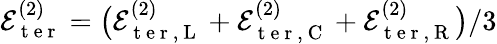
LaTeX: \mathcal{E}_{\mathrm{~t~e~r~}}^{(2)}=\big(\mathcal{E}_{\mathrm{~t~e~r~},\mathrm{~L~}}^{(2)}+\mathcal{E}_{\mathrm{~t~e~r~},\mathrm{~C~}}^{(2)}+\mathcal{E}_{\mathrm{~t~e~r~},\mathrm{~R~}}^{(2)}\big)/3